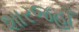
શારજહાઁ